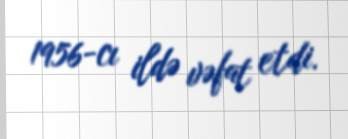
1956-cı ildə vəfat etdi.